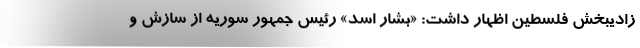
زادیبخش فلسطین اظهار داشت: «بشار اسد» رئیس جمهور سوریه از سازش و